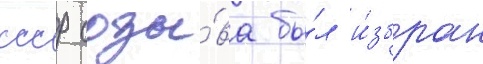
ссср созы́ва бы́л и́збран